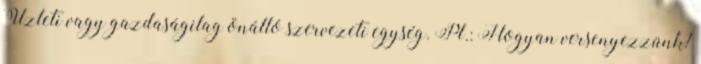
Üzleti vagy gazdaságilag önálló szervezeti egység. Pl.: Hogyan versenyezzünk?